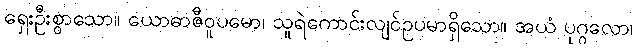
ရှေးဦးစွာသော။ ယောဓာဇီဝူပမော၊ သူရဲကောင်းလျင်ဥပမာရှိသော။ အယံ ပုဂ္ဂလော၊